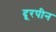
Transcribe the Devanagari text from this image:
दूरपीन